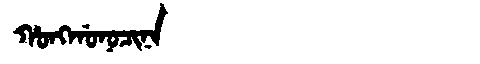
Manchu: ᡥᠣᠩᡤᠣᠨᠣᠴᡳᠨᠠ
Romanization: HONGGONOCINA